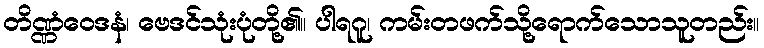
တိဏ္ဏံဝေဒနံ၊ ဗေဒင်သုံးပုံတို့၏။ ပါရဂူ၊ ကမ်းတဖက်သို့ရောက်သောသူတည်း။